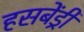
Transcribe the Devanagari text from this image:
हसबेंड्री